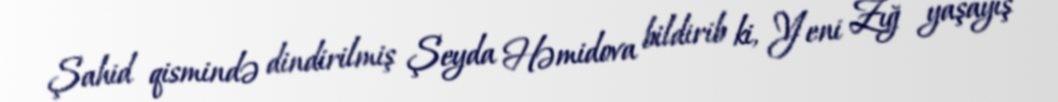
Şahid qismində dindirilmiş Şeyda Həmidova bildirib ki, Yeni Zığ yaşayış